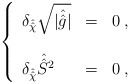
\begin{align*}\left\{\begin{array}{lcl}\delta_{\hat{\hat{\chi}}} \sqrt{|\hat{\hat{g}}|} & = & 0 \; , \\& & \\\delta_{\hat{\hat{\chi}}} \hat{\hat{S}}{}^{2} & = & 0 \; ,\end{array}\right.\end{align*}